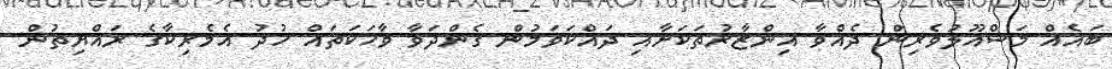
ބައެއް މަސްއޫލުވެރިން ދެއްވާ އިންޒާރުތަކަށާއި ދައްކަވަމުން ގެންދަވާ ވާހަކަތައް ޚުދު އެމެރިކާގެ ރައްޔިތުން